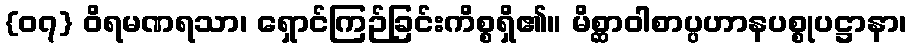
{၀၇} ဝိရမဏရသာ၊ ရှောင်ကြဉ်ခြင်းကိစ္စရှိ၏။ မိစ္ဆာဝါစာပ္ပဟာနပစ္စုပဋ္ဌာနာ၊